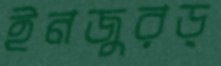
ইনজুরড্